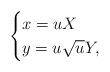
LaTeX: \begin{align*} \begin{cases}x=u X \\y=u\sqrt{u} Y,\ \end{cases}\end{align*}